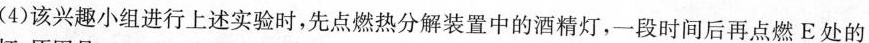
(4)该兴趣小组进行上述实验时，先点燃热分解装置中的酒精灯，一段时间后再点燃E处的